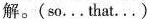
解.(so...That...)